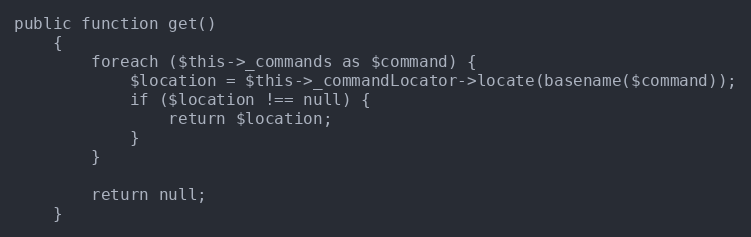
Language: PHP
public function get()
    {
        foreach ($this->_commands as $command) {
            $location = $this->_commandLocator->locate(basename($command));
            if ($location !== null) {
                return $location;
            }
        }

        return null;
    }